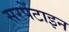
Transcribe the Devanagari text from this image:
सरपेंटाइन